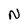
Character: N